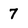
Character: 7